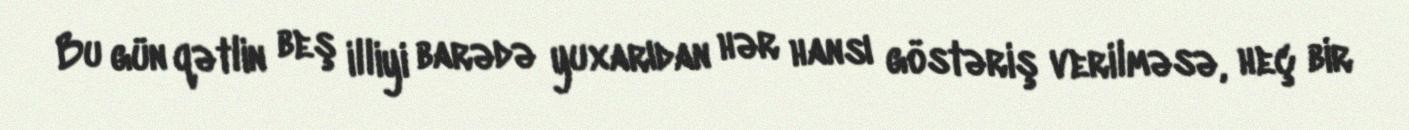
Bu gün qətlin beş illiyi barədə yuxarıdan hər hansı göstəriş verilməsə, heç bir